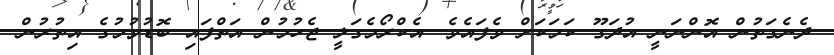
ދެނެގަތުން އޮންނަނީ އުދަގޫ ކަމަކަށް ވެފައެވެ. އެކްރޯމެގަލީ ޖެހުމުން އަތްފައި ބޮޑުވުމުގެ އިތުރުން